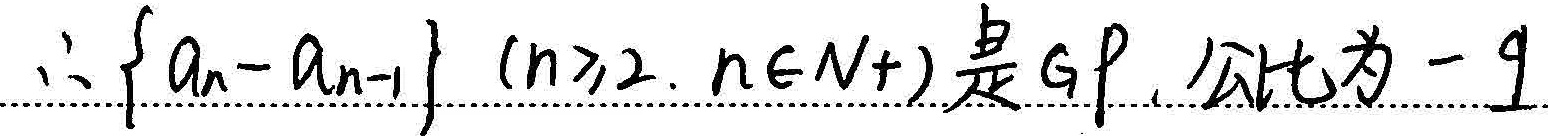
\(\therefore \{a_{n}-a_{n - 1}\}(n\geqslant2,n\in N^{+})\) 是等比数列（GP），公比为 \(-9\)